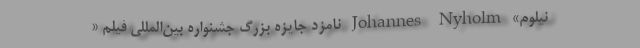
نیلوم» Johannes Nyholm نامزد جایزه بزرگ جشنواره بین‌المللی فیلم «